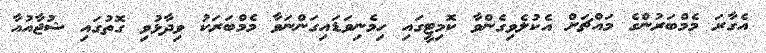
އެގާރަ މެމްބަރުންގެ މައްޗަށް އެކުލެވިގެންވާ ކޮމިޓީގައި ހިމެނިވަޑައިގަންނަވާ މެމްބަރަކު ވިދާޅުވި ގޮތުގައި ޝުޖާއުއާ